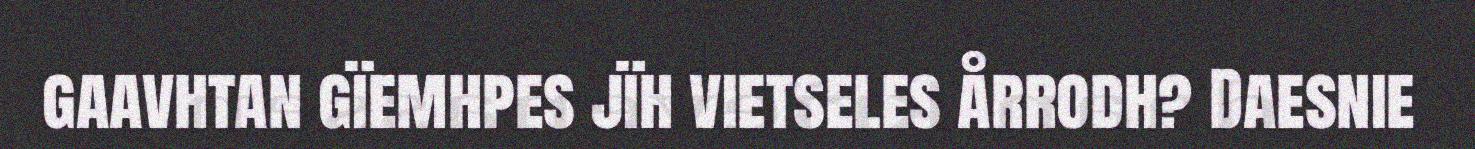
gaavhtan gïemhpes jïh vietseles årrodh? Daesnie